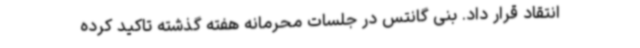
انتقاد قرار داد. بنی گانتس در جلسات محرمانه هفته گذشته تاکید کرده